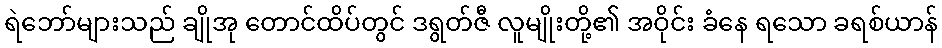
ရဲဘော်များသည် ချိုအု တောင်ထိပ်တွင် ဒရွတ်ဇီ လူမျိုးတို့၏ အဝိုင်း ခံနေ ရသော ခရစ်ယာန်